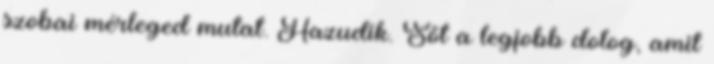
szobai mérleged mutat. Hazudik. Sőt a legjobb dolog, amit